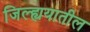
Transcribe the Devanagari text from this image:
जिल्ह्ययातील